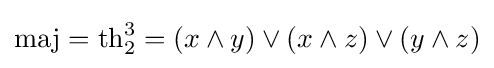
\mathrm {maj} =\mathrm {th} _{2}^{3}=(x\land y)\lor (x\land z)\lor (y\land z)